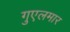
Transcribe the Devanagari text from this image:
गुएलमार